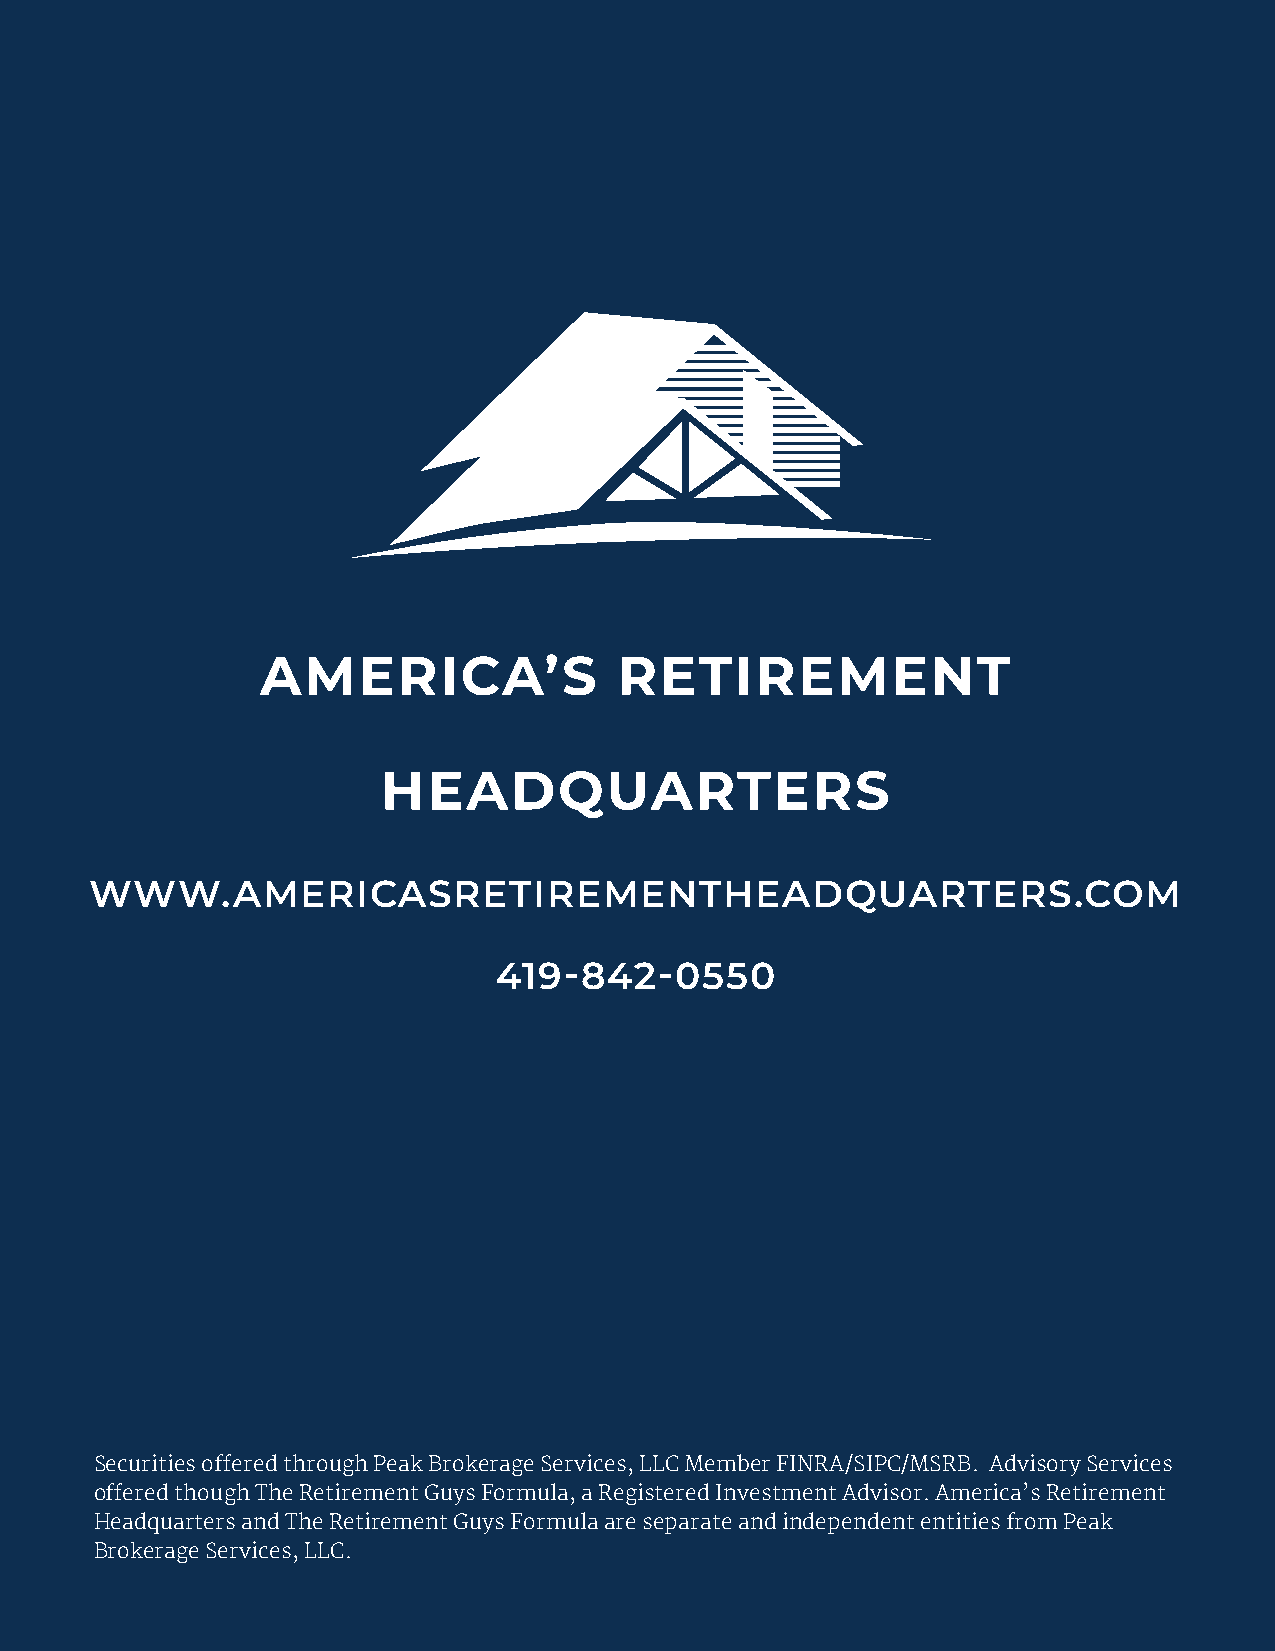
AMERICA’S               RETIREMENT
 HEADQUARTERS
 WWW.AMERICASRETIREMENTHEADQUARTERS.COM
 419-842-0550
 Securities offered through Peak Brokerage Services, LLC Member FINRA/SIPC/MSRB. Advisory Services
 offered though The Retirement Guys Formula, a Registered Investment Advisor. America’s Retirement
 Headquarters and The Retirement Guys Formula are separate and independent entities from Peak
 Brokerage Services, LLC.